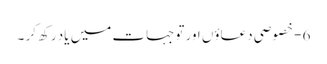
6 - خصوصی دعاؤں اور توجہات میں یاد رکھ کر ۔